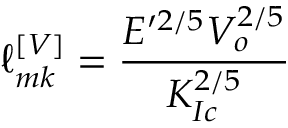
\ell _ { m k } ^ { \left[ V \right] } = \frac { E ^ { \prime 2 / 5 } V _ { o } ^ { 2 / 5 } } { K _ { I c } ^ { 2 / 5 } }